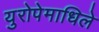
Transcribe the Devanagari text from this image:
युरोपेमाधिले